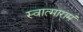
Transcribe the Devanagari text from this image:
स्वात्मारामं